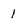
Character: 1